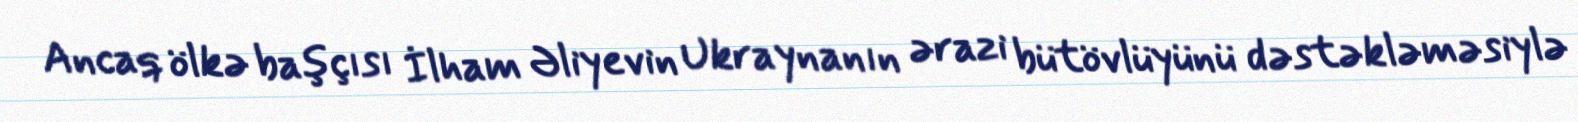
Ancaq ölkə başçısı İlham Əliyevin Ukraynanın ərazi bütövlüyünü dəstəkləməsiylə